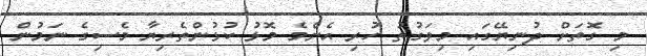
މި ގޮތަށް ދުނިޔޭގައި މިވަގުތު ހުރި އެންމެ މޮޅު ކުޅުންތެރިޔާ މެސިގެ ނަމުން